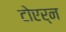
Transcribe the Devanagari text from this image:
टोएर्न